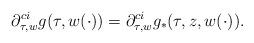
LaTeX: \begin{align*}\partial^{ci}_{\tau,w} g(\tau,w(\cdot)) = \partial^{ci}_{\tau,w} g_*(\tau,z,w(\cdot)).\end{align*}